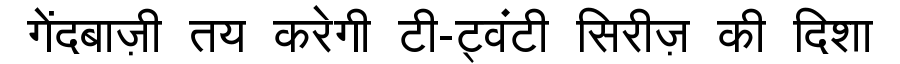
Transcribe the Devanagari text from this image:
गेंदबाज़ी तय करेगी टी-ट्वंटी सिरीज़ की दिशा